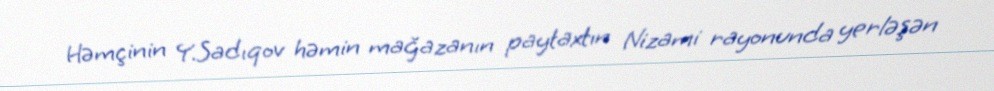
Həmçinin Y.Sadıqov həmin mağazanın paytaxtın Nizami rayonunda yerləşən